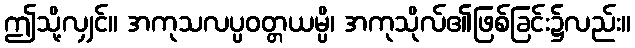
ဤသို့လျှင်။ အကုသလပ္ပဝတ္တယမ္ပိ၊ အကုသိုလ်၏ဖြစ်ခြင်း၌လည်း။